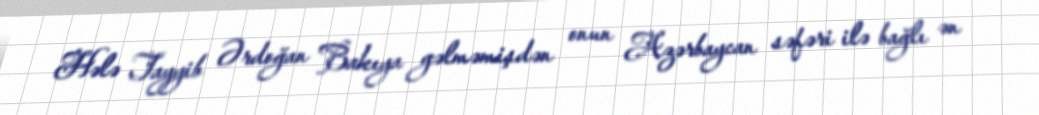
Hələ Tayyib Ərdoğan Bakıya gəlməmişdən onun Azərbaycan səfəri ilə bağlı ən